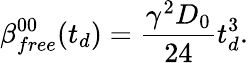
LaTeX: \beta_{free}^{00}(t_{d})=\frac{\gamma^{2}D_{0}}{24}t_{d}^{3}.